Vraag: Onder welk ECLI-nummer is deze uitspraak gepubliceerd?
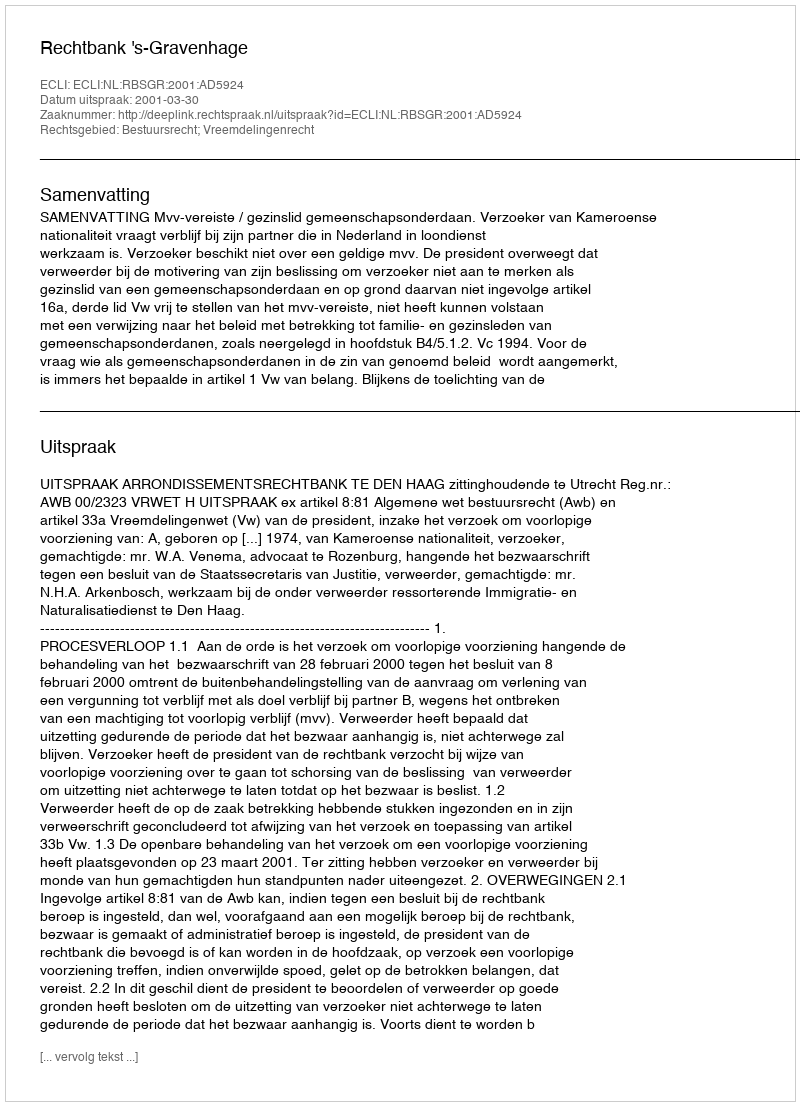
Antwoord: ECLI:NL:RBSGR:2001:AD5924